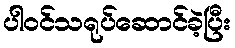
ပါဝင်သရုပ်ဆောင်ခဲ့ပြီး